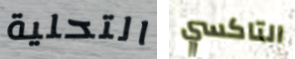
التحلية التاكسي